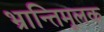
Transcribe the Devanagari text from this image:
भ्रान्तिमूलक